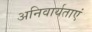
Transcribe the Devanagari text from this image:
अनिवार्यताएं